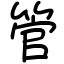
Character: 管